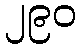
၂၉၀